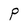
Character: P